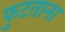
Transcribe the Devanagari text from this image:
फुटताना